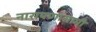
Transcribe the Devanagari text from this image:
नारायणासामी